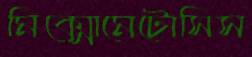
মিক্সোমেটোসিস